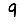
Digit: 9